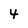
Character: 4